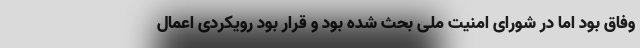
وفاق بود اما در شورای امنیت ملی بحث شده بود و قرار بود رویکردی اعمال